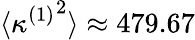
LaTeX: \langle{\kappa^{(1)}}^{2}\rangle\approx 479.67